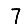
Digit: 7